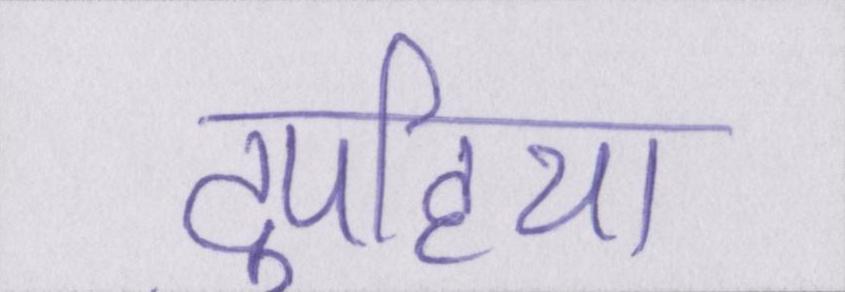
दुपहिया